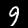
Label: 9